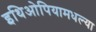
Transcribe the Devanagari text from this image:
इथिओपियामधल्या